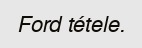
Ford tétele.